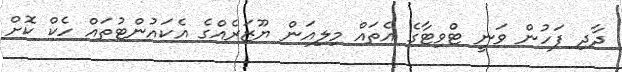
ދާދި ފަހުން ވަނީ ޓްވިޓާގެ އެތައް މިލިއަން ޔޫޒަރެއްގެ އެކައުންޓުތައް ހެކް ކޮށް